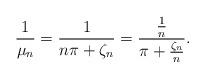
LaTeX: \begin{align*}\frac{1}{\mu_n}= \frac{1}{n\pi +\zeta_n}= \frac{\frac{1}{n}}{\pi+\frac{\zeta_n}{n}}.\end{align*}